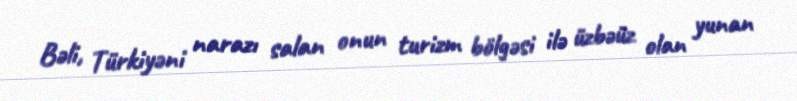
Bəli, Türkiyəni narazı salan onun turizm bölgəsi ilə üzbəüz olan yunan